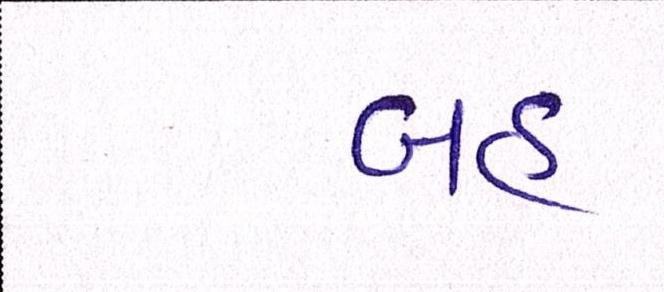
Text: બહ